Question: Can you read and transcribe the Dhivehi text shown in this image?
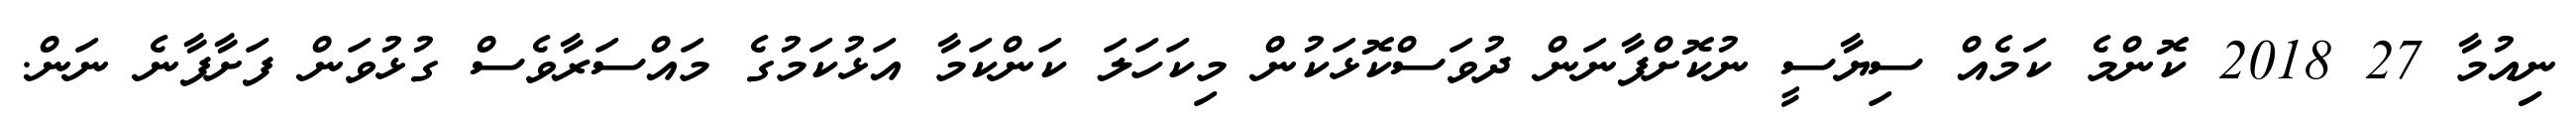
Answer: ނިިއުމާ 27 2018 ކޮންމެ ކަމެއް ސިޔާސީ ނުކޮށްފާނަން ދުވަސްކޮޅަކުން މިކަހަލަ ކަންކަމާ އަޅުކަމުގެ މައްސަރާވެސް ގުޅުވަން ފަށާފާނެ ނަން.